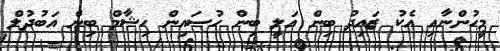
މީހުންނާއި އެކު ޒައިދު ބިން އަލީ ބިން ހުސައިން ހިޝާމް ބިން އަބުދުލް